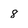
Character: 8